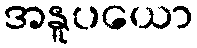
အနူပယော